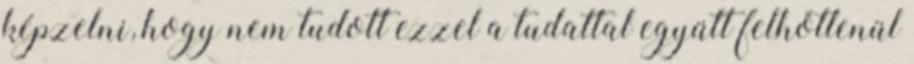
képzelni, hogy nem tudott ezzel a tudattal együtt felhőtlenül